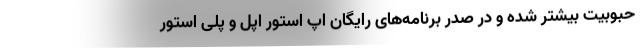
حبوبیت بیشتر شده و در صدر برنامه‌های رایگان اپ استور اپل و پلی استور